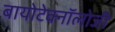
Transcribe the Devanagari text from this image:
बायोटेक्नॉलोजी